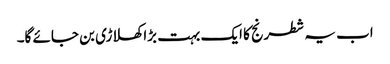
اب یہ شطرنج کا ایک بہت بڑا کھلاڑی بن جائے گا۔